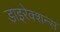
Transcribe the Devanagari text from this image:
डाइरेक्शन्स